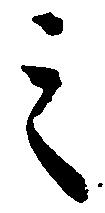
之